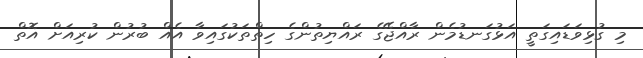
މި ގުޅިވަޑައިގަތީ އަޅުގަނޑުމެން ރާއްޖޭގެ ރައްޔިތުންގެ ހިތްތަކުގައިވާ އެއް ބުރުން ކުރިއަށް އޮތް